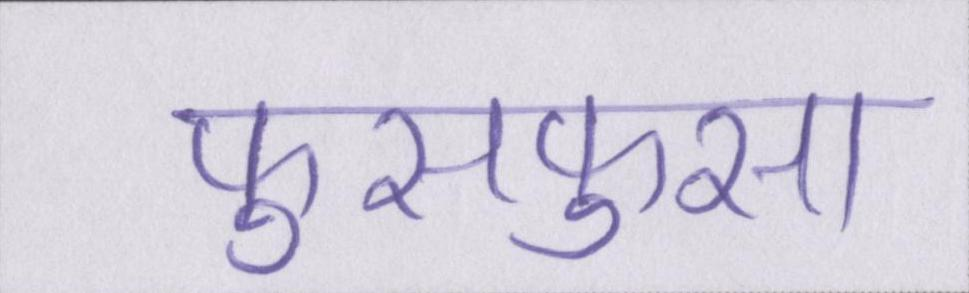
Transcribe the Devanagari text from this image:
फुसफुसा